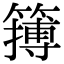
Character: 𥴮